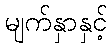
မျက်နှာနှင့်